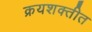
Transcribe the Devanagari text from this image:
क्रयशक्तीत